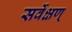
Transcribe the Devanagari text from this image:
सर्वेक्षण्